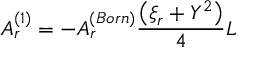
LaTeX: A _ { r } ^ { ( 1 ) } = - A _ { r } ^ { ( B o r n ) } \frac { \big ( \xi _ { r } + Y ^ { 2 } \big ) } { 4 } L